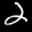
Label: 2